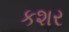
કશર